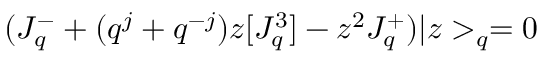
( J _ { q } ^ { - } + ( q ^ { j } + q ^ { - j } ) z [ J _ { q } ^ { 3 } ] - z ^ { 2 } J _ { q } ^ { + } ) | z > _ { q } = 0 \,